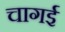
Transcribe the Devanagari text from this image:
चागई